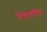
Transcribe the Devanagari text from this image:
केटालॉगर